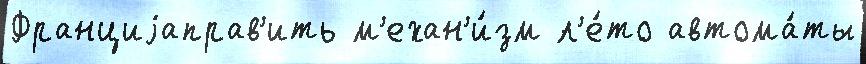
Франциjаправ'ить м'ехан'и́зм л'е́то автома́ты